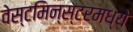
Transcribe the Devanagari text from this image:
वेस्टमिन्स्टरमध्ये